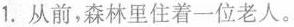
1.从前,森林里住着一位老人。